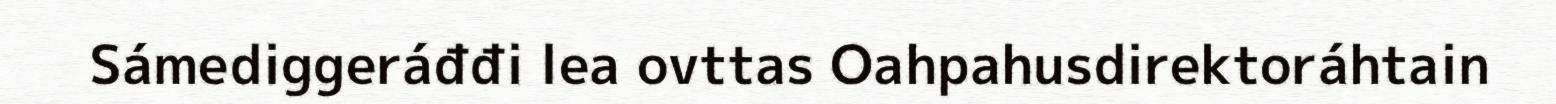
Sámediggeráđđi lea ovttas Oahpahusdirektoráhtain